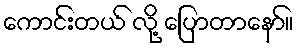
ကောင်းတယ် လို့ ပြောတာနော်။